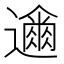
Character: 𮟞